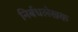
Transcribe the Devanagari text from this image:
निर्बधलेखक